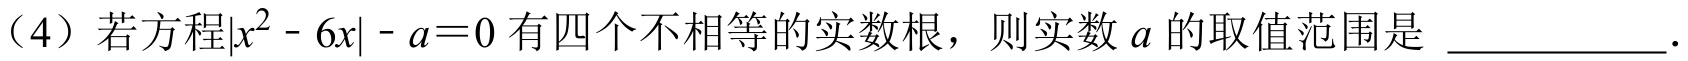
（4）若方程\(\vert x^{2}-6x\vert - a = 0\)有四个不相等的实数根，则实数 \(a\) 的取值范围是  \_\_\_\_\_\_\_\_ .